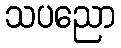
သပညော